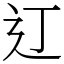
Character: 𫟧